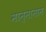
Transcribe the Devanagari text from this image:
मान्नानाम